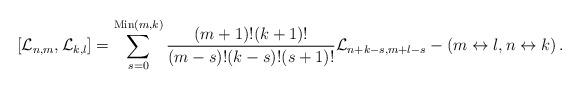
LaTeX: \begin{align*}[{\cal L}_{n,m},{\cal L}_{k,l}] = \sum_{s=0}^{{\rm Min}(m,k)} {(m+1)!(k+1)! \over (m-s)!(k-s)!(s+1)!} {\cal L}_{n+k-s,m+l-s} - (m \leftrightarrow l, n \leftrightarrow k) \,.\end{align*}